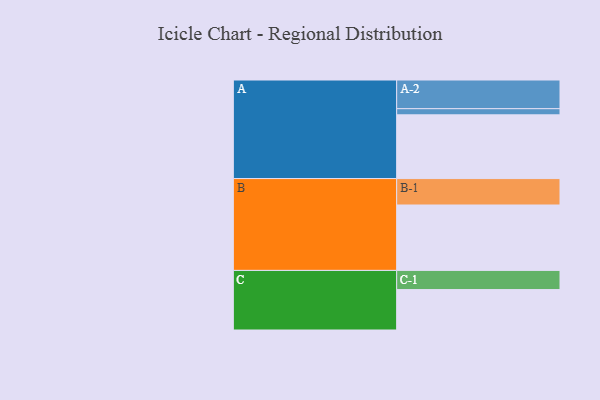
{"axis": {"x": "Segment", "y": "Value"}, "legend": ["", "A", "B", "C"], "data": [{"x": "A", "y": 569, "type": ""}, {"x": "B", "y": 584, "type": ""}, {"x": "C", "y": 361, "type": ""}, {"x": "A-1", "y": 55, "type": "A"}, {"x": "A-2", "y": 256, "type": "A"}, {"x": "B-1", "y": 236, "type": "B"}, {"x": "C-1", "y": 171, "type": "C"}]}